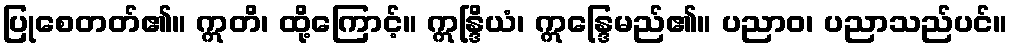
ပြုစေတတ်၏။ ဣတိ၊ ထို့ကြောင့်။ ဣန္ဒြိယံ၊ ဣန္ဒြေမည်၏။ ပညာဝ၊ ပညာသည်ပင်။